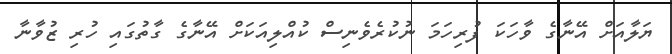
ޔަލާއަށް އޭނާގެ ވާހަކަ ފުރިހަމަ ނުކުރެވެނިސް ކުއްލިއަކަށް އޭނާގެ ގާތުގައި ހުރި ޒުވާނާ